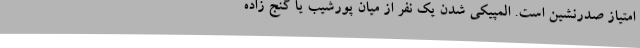
امتیاز صدرنشین است. المپیکی شدن یک نفر از میان پورشیب یا گنج زاده